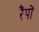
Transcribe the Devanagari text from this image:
रैंपों